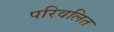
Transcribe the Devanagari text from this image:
परिवलित